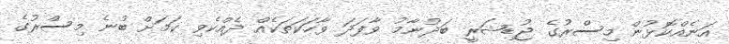
އަނެއްކޮޅުން މިސްރުގެ ޖުޑިޝަރީ ބަދުނާމު ވާފަދަ ވާހަކަތަކެއް ދެއްކެވި ކަމަށް ބުނެ މިސްރުގެ